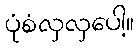
ပုံစံလှလှပေါ့။